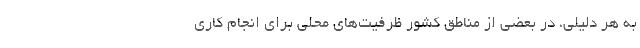
به هر دلیلی، در بعضی از مناطق کشور ظرفیت‌های محلی برای انجام کاری